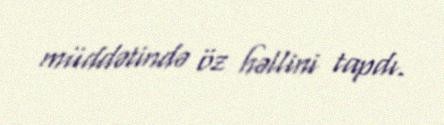
müddətində öz həllini tapdı.